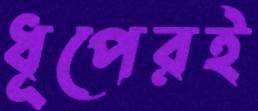
ধূপেরই